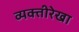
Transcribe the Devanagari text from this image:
व्यक्तीरेखा